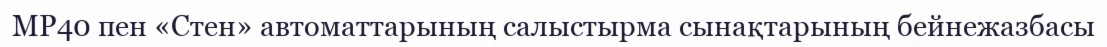
MP40 пен «Стен» автоматтарының салыстырма сынақтарының бейнежазбасы